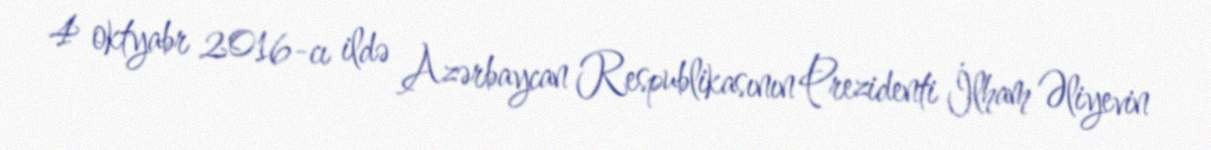
4 oktyabr 2016-cı ildə Azərbaycan Respublikasının Prezidenti İlham Əliyevin